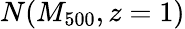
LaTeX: N(M_{500},z=1)